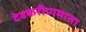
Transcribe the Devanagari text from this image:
देवकरीणमाता